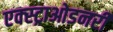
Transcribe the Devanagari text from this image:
एक्स्ट्राओडनरी